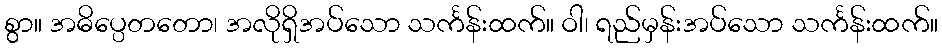
စွာ။ အဓိပ္ပေတတော၊ အလိုရှိအပ်သော သင်္ကန်းထက်။ ဝါ၊ ရည်မှန်းအပ်သော သင်္ကန်းထက်။